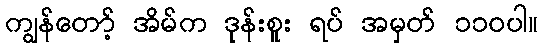
ကျွန်တော့် အိမ်က ဒုန်းစူး ရပ် အမှတ် ၁၁၀ပါ။